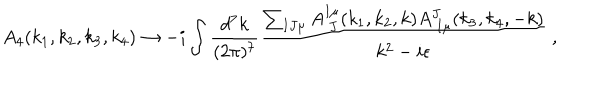
LaTeX: A _ { 4 } ( k _ { 1 } , k _ { 2 } , k _ { 3 } , k _ { 4 } ) \rightarrow - i \int { \frac { d ^ { 7 } k } { ( 2 \pi ) ^ { 7 } } } { \frac { \sum _ { I J \mu } A _ { \ J } ^ { I \mu } ( k _ { 1 } , k _ { 2 } , k ) A _ { \ I \mu } ^ { J } ( k _ { 3 } , k _ { 4 } , - k ) } { k ^ { 2 } - i \epsilon } } \ ,